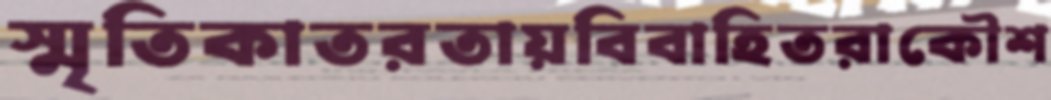
স্মৃতিকাতরতায়বিবাহিতরাকৌশ